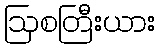
ဩစတြီးယား